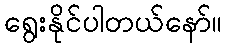
ရွေးနိုင်ပါတယ်နော်။